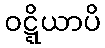
ဝဋ္ဋိယာပိ